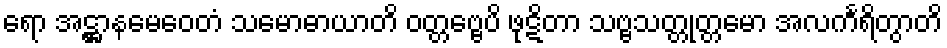
ရော အဋ္ဌာနမေဝေတံ သမောဓာယာတိ ဝတ္တဗ္ဗေပိ ဖုဋိတာ သဗ္ဗသတ္တုတ္တမော အလင်္ကရိတွာတိ